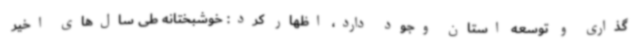
‌گذاری و توسعه استان وجود دارد، اظهار کرد: خوشبختانه طی سال‌های اخیر